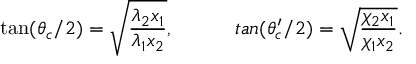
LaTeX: \tan ( \theta _ { c } / 2 ) = \sqrt { \frac { \lambda _ { 2 } x _ { 1 } } { \lambda _ { 1 } x _ { 2 } } } , \ \ \ \ \ \, \ \ \ \, t a n ( \theta _ { c } ^ { \prime } / 2 ) = \sqrt { \frac { \chi _ { 2 } x _ { 1 } } { \chi _ { 1 } x _ { 2 } } } .